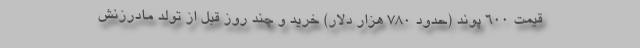
قیمت ۶۰۰ پوند (حدود ۷۸۰ هزار دلار) خرید و چند روز قبل از تولد مادرزنش